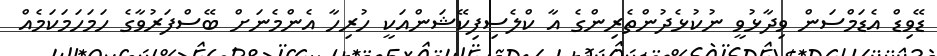
ޑޭވިޑް އެޑަމްސަން ވިދާޅުވީ ނުކުޅެދުންތެރިންގެ އާ ކްލެސިފިކޭޝަންއަކީ ހުރިހާ އެންމެނަށް ބޭސްފަރުވާގެ ހަމަހަމަކަމެއް